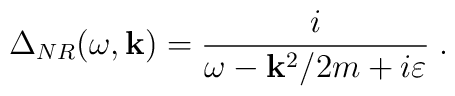
\Delta _{NR}(\omega ,{\bf k})=\frac i{\omega -{\bf k}^2/2m+i\varepsilon }\;.